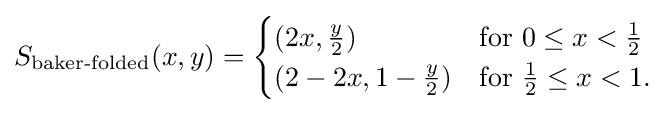
S_{\text{baker-folded}}(x,y)={\begin{cases}(2x,{\frac {y}{2}})&{\text{for }}0\leq x<{\frac {1}{2}}\\(2-2x,1-{\frac {y}{2}})&{\text{for }}{\frac {1}{2}}\leq x<1.\end{cases}}